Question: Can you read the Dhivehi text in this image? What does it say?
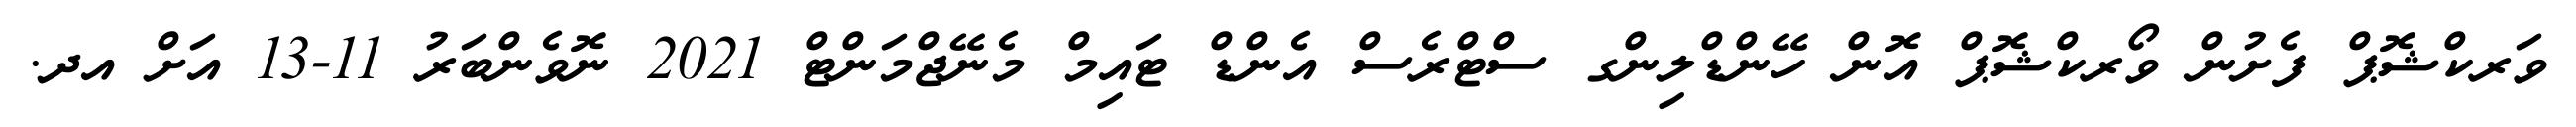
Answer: ވަރކްޝޮޕް ފެށުން ވޯރކްޝޮޕް އޮން ހޭންޑްލިންގ ސްޓްރެސް އެންޑް ޓައިމް މެނޭޖްމަންޓް 2021 ނޮވެންބަރު 11-13 އަށް އދ.